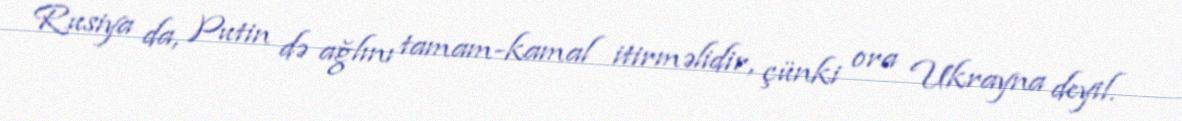
Rusiya da, Putin də ağlını tamam-kamal itirməlidir, çünki ora Ukrayna deyil.